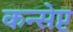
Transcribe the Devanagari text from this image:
कन्सेप्ट